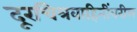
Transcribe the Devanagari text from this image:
दूरचित्रवाहिनींवरील